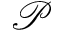
\mathcal { P }